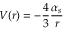
V ( r ) = - \frac { 4 } { 3 } \frac { \alpha _ { s } } { r }